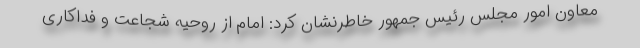
معاون امور مجلس رئیس جمهور خاطرنشان کرد: امام از روحیه شجاعت و فداکاری